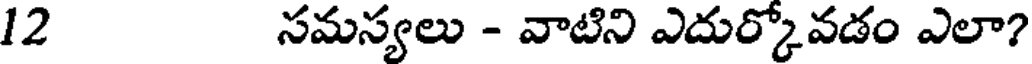
12 సమస్యలు - వాటిని ఎదుర్కోవడం ఎలా?